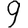
Digit: 9